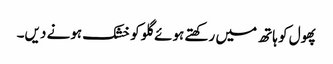
پھول کو ہاتھ میں رکھتے ہوئے گلو کو خشک ہونے دیں۔